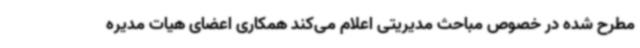
مطرح شده در خصوص مباحث مدیریتی اعلام می‌کند همکاری اعضای هیات مدیره